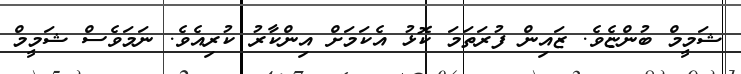
ޝަމީމް ބުންޏެވެ. ޒައިން ފުރަތަމަ ކޮޅު އެކަމަށް އިންކާރު ކުރިއެވެ. ނަމަވެސް ޝަމީމް